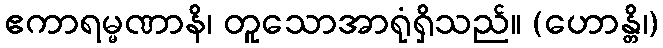
ဧကာရမ္မဏာနိ၊ တူသောအာရုံရှိသည်။ (ဟောန္တိ၊)